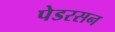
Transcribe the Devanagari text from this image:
पेडरसन